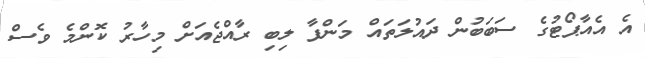
އެ އެއާޕޯޓުގެ ސަބަބުން ދައުލަތައް މަންފާ ލިބި ރާއްޖެއަށް މިހާރު ކޮންމެ ވެސް